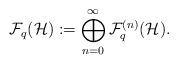
LaTeX: \begin{align*}\mathcal{F}_q(\mathcal{H}):=\bigoplus_{n=0}^\infty \mathcal{F}^{(n)}_q(\mathcal{H}).\end{align*}